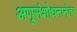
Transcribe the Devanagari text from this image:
अणूसंशोधनानंतर